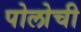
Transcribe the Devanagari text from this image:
पोलोची